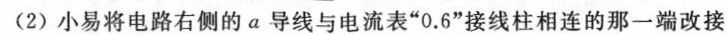
(2)小易将电路右侧的a导线与电流表”0.6”接线柱相连的那一端改接